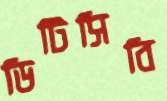
ডিটিসিবি